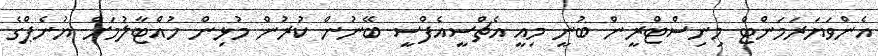
އެންވަޔަރަމަންޓް މިނިސްޓްރީން ބުނީ މިއީ އެޗްސީއެފްސީ ބޭނުން ކުރުން މުޅިން ހުއްޓާލުމަށް ޔުނެޕްގެ